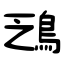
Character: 鴔